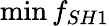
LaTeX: \operatorname*{min}{f_{SH1}}